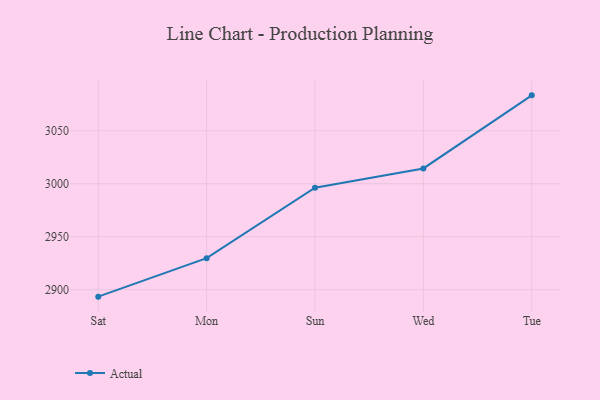
{"axis": {"x": "Day", "y": "Latency (ms)"}, "legend": ["Actual"], "data": [{"x": "Sat", "y": 2893.4, "type": "Actual"}, {"x": "Mon", "y": 2929.7, "type": "Actual"}, {"x": "Sun", "y": 2996.2, "type": "Actual"}, {"x": "Wed", "y": 3014.4, "type": "Actual"}, {"x": "Tue", "y": 3083.4, "type": "Actual"}]}